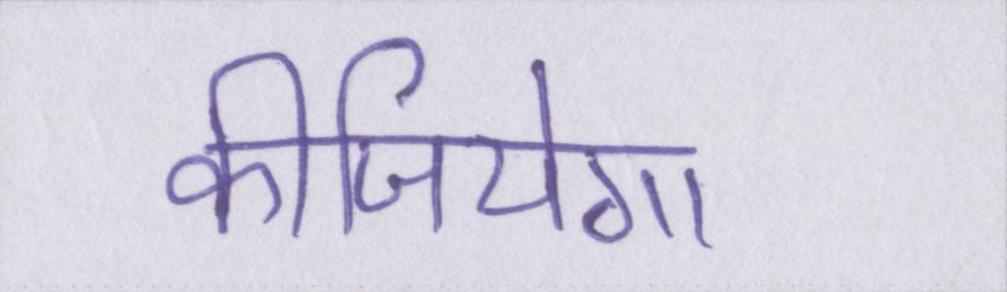
कीजियेगा